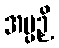
အပ္ပဉှိ